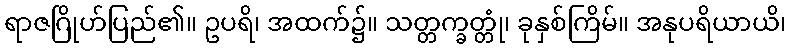
ရာဇဂြိုဟ်ပြည်၏။ ဥပရိ၊ အထက်၌။ သတ္တက္ခတ္တုံ၊ ခုနှစ်ကြိမ်။ အနုပရိယာယိ၊